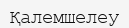
Қалемшелеу